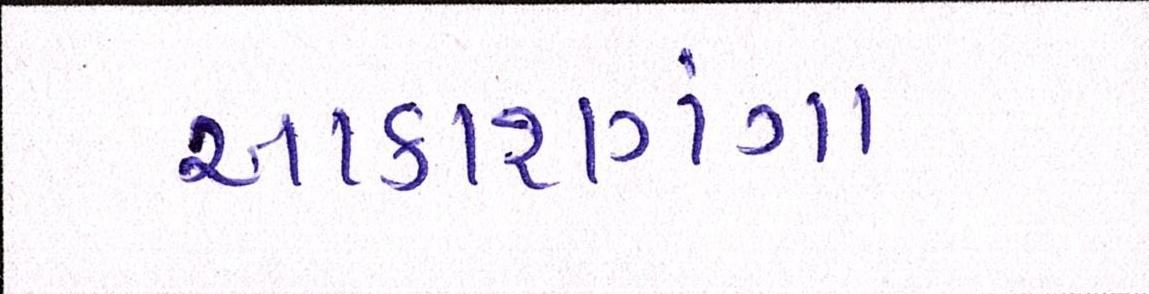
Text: આકાશગંગા